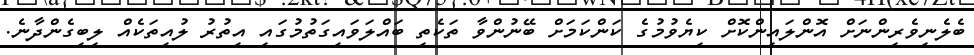
ބެލެނިވެރިންނަށް އޮންލައިންކޮށް ކިޔެވުމުގެ ކަންކަމަށް ބޭނުންވާ ތަކެތި ބައްލަވައިގަތުމުގައި އިތުރު ލުއިތަކެއް ލިބިގެންދާނެ.